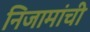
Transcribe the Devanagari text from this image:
निजामांची